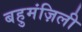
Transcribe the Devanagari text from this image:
बहुमंज़िली